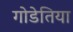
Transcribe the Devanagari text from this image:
गोडेतिया